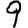
Digit: 9